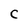
Character: c